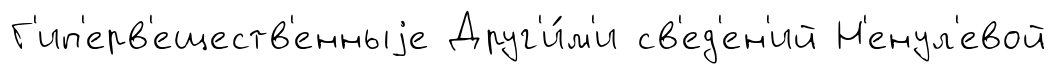
Г'ип'ерв'еществ'енныjе Друг'и́м'и св'ед'ен'ий Н'енул'евой